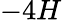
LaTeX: -4H